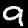
Label: 9